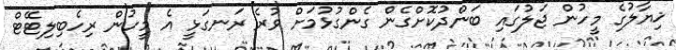
ޚިޔާލުގެ މީހުން ޖަލުގައި ބަންދުކޮށްގެން ގެންގުޅުމަށް ވުރެ ރަނގަޅީ އެ މީހުން ރިހެބިލިޓޭޓް